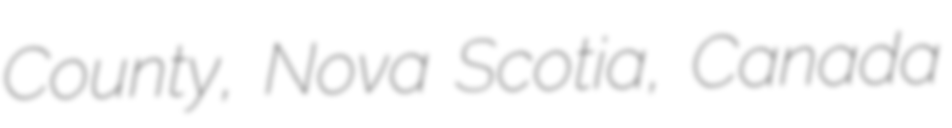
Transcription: County, Nova Scotia, Canada